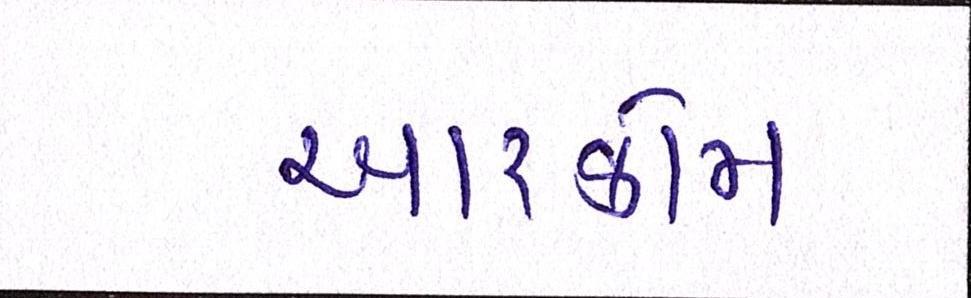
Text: આરકોમ